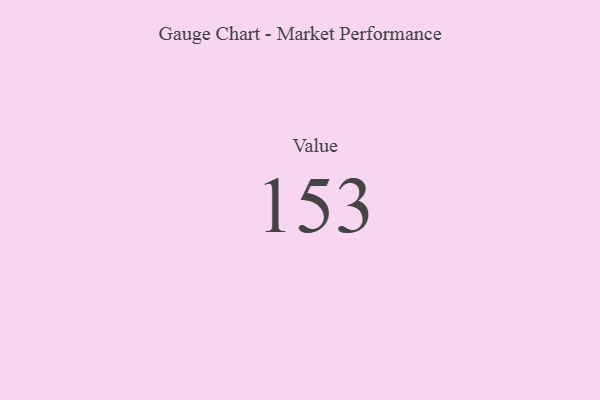
{"axis": {"x": "Metric", "y": "Value"}, "legend": [""], "data": [{"x": "Value", "y": 153, "type": ""}]}